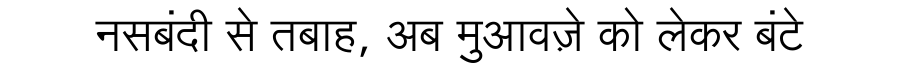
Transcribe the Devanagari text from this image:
नसबंदी से तबाह, अब मुआवज़े को लेकर बंटे